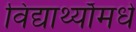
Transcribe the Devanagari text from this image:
विद्यार्थ्याँमधे